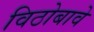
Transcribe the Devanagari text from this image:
विठोबावे